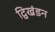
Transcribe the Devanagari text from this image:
द्विखंडन